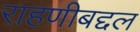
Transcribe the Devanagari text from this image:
राहणीबद्दल